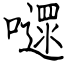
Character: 嚃